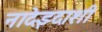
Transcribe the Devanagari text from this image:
नादेझ्दाशी